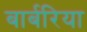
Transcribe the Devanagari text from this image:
बार्बरिया